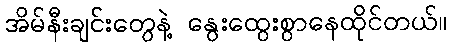
အိမ်နီးချင်းတွေနဲ့ နွေးထွေးစွာနေထိုင်တယ်။